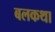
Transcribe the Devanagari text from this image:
बलकथा